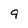
Character: 9